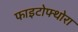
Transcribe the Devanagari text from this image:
फाइटोफ्थोरा